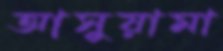
আসুয়ামা